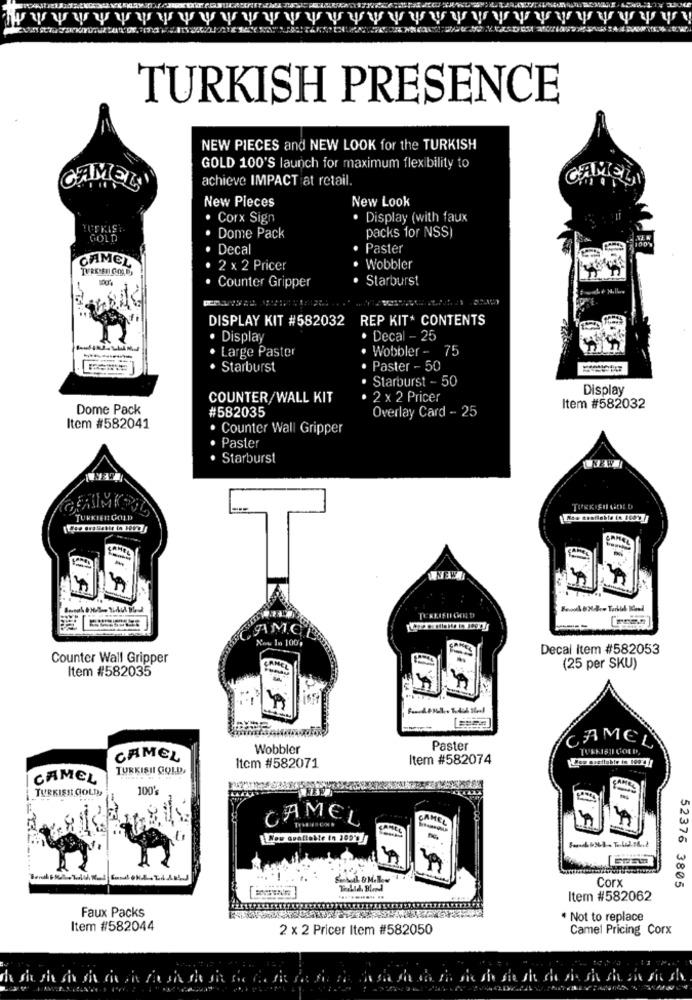
TURKISH PRESENCE
NEW PIECES and NEW LOOK for the TURKISH
GOLD 100'S launch for maximum flexibility to
achieve IMPACT at retail.
CAMEL
CAMEL
New Pieces
New Look
Corx Sign
. Display (with faux
UTKIŞI.
packs for NSS
GOLD
Dome Pack
Decal
Paster
CAMEL
TUREREN COLD
2 × 2 Pricer
. Wobbler
Counter Gripper
· Starburst
DISPLAY KIT #582032 REP KIT CONTENTS
· Display
Decal - 25
Large Paster
. Wobbler - 75
Starburst
Paster - 50
Starburst - 50
Display
COUNTER/WALL KIT
2 × 2 Pricer
Dome Pack
#582035
Item #582032
Overlay Card - 25
Item #582041
. Counter Wall Gripper
· Paster
. Starburst
TURKISH GOED
TURKIEIT GOLD
NEWT
AMC
Now In 100g
Decal Item #582053
Counter Wall Gripper
Item #582035
(25 per SKU)
CAMEL
Wobbler
Paster
CAMEL
Item #582074
TURKISHI GOLD,
Itcm #582071
CAMEL
TURKISH COLD
100'
CAMEL
.00
Corx
52376 3805
Item #582062
Faux Packs
* Not to replace
Item #582044
2 x 2 Pricer Item #582050
Camel Pricing Corx
the me shes